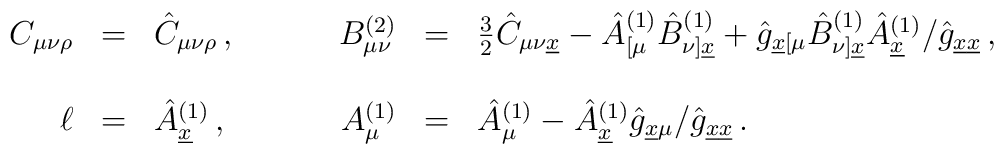
\begin{array}{rclrcl}C_{\mu\nu\rho}&=&\hat{C}_{\mu\nu\rho}\, ,\hspace{1cm}&B^{(2)}_{\mu\nu}&=&\frac{3}{2}\hat{C}_{\mu\nu\underline{x}}-\hat{A}^{(1)}_{[\mu}\hat{B}^{(1)}_{\nu]\underline{x}}+\hat{g}_{\underline{x}[\mu}\hat{B}^{(1)}_{\nu]\underline{x}}\hat{A}^{(1)}_{\underline{x}}/\hat{g}_{\underline{x}\underline{x}}\, ,\\& & & & & \\\ell&=&\hat{A}^{(1)}_{\underline{x}}\, ,&A_{\mu}^{(1)}&=&\hat{A}^{(1)}_{\mu} -\hat{A}^{(1)}_{\underline{x}}\hat{g}_{\underline{x}\mu}/\hat{g}_{\underline{x}\underline{x}}\, .\\\end{array}